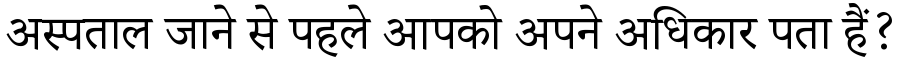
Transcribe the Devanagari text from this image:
अस्पताल जाने से पहले आपको अपने अधिकार पता हैं?